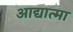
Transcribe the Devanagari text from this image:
आद्यात्मा